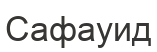
Сафауид